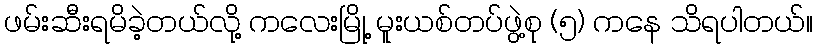
ဖမ်းဆီးရမိခဲ့တယ်လို့ ကလေးမြို့ မူးယစ်တပ်ဖွဲ့စု (၅) ကနေ သိရပါတယ်။